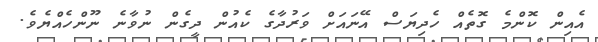
އެއިން ކޮންމެ ގޮތެއް ހެދިޔަސް އޭނައަށް ވަރުދާގެ ކެއުން ދީގެން ނުވާނެ ނޫންހެއްޔެވެ.